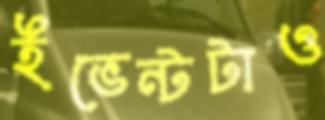
ইভেন্টটাও